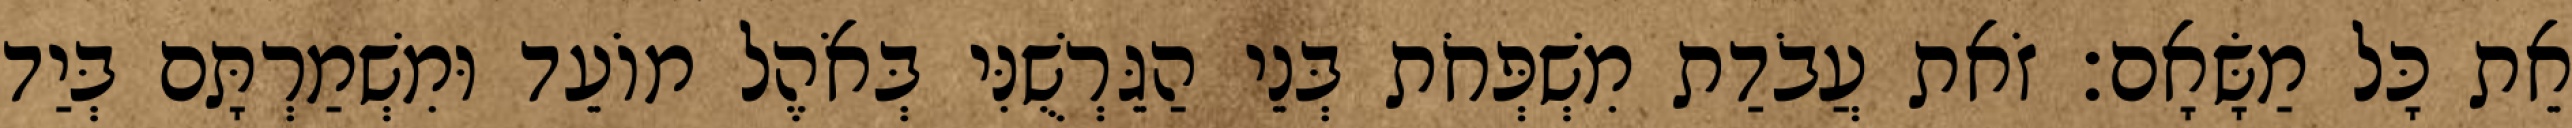
אֵת כָּל מַשָּׂאָם׃ זֹאת עֲבֹדַת מִשְׁפְּחֹת בְּנֵי הַגֵּרְשֻׁנִּי בְּאֹהֶל מוֹעֵד וּמִשְׁמַרְתָּם בְּיַד